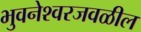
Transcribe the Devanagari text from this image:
भुवनेश्वरजवळील